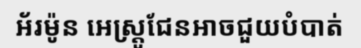
អ័រម៉ូន អេស្ត្រូជែនអាចជួយបំបាត់